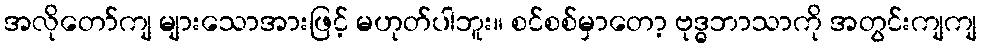
အလိုတော်ကျ များသောအားဖြင့် မဟုတ်ပါဘူး။ စင်စစ်မှာတော့ ဗုဒ္ဓဘာသာကို အတွင်းကျကျ